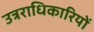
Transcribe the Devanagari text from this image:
उत्रराधिकारियों